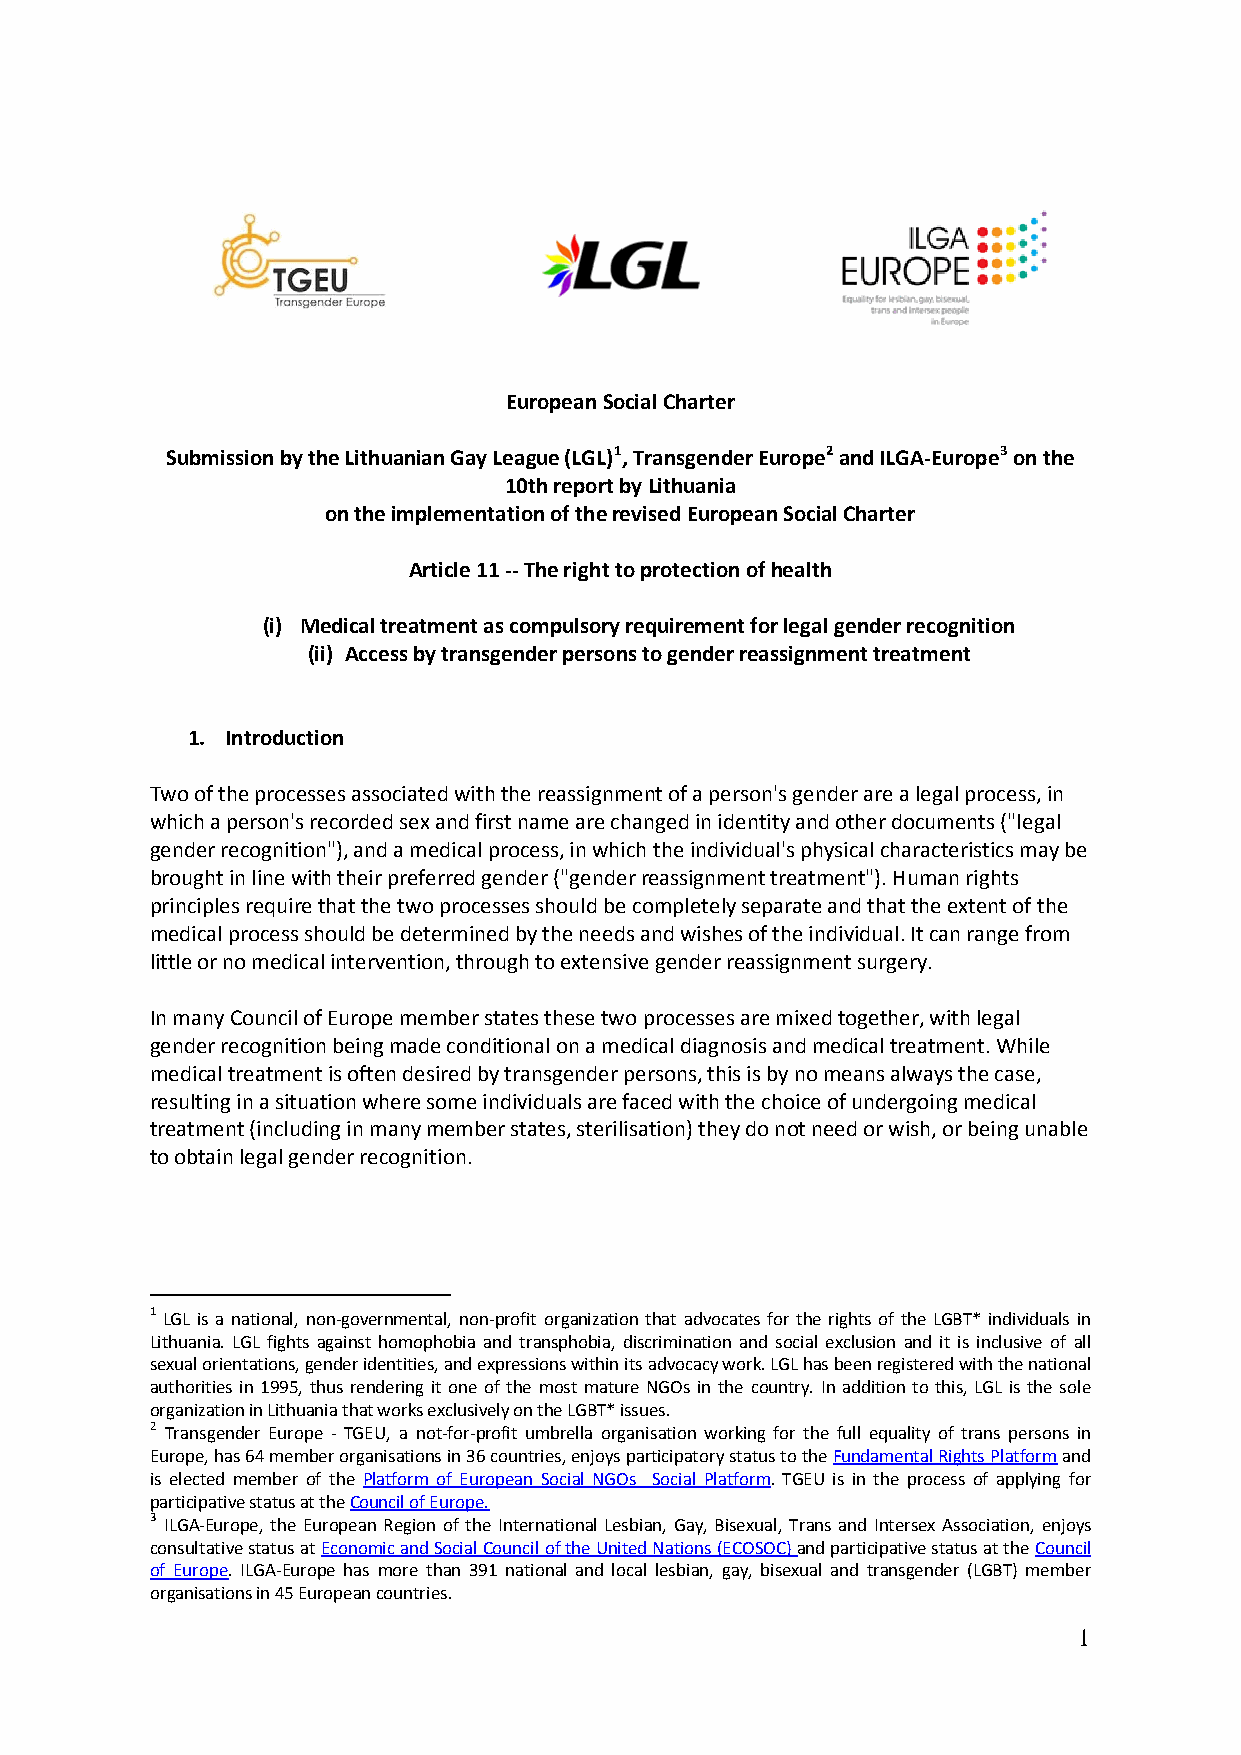
European Social Charter
 Submission by the Lithuanian Gay League (LGL)1, Transgender Europe2 and ILGA-Europe3 on the
 10th report by Lithuania
 on the implementation of the revised European Social Charter
 Article 11 -- The right to protection of health
 (i) Medical treatment as compulsory requirement for legal gender recognition
 (ii) Access by transgender persons to gender reassignment treatment
 1. Introduction
 Two of the processes associated with the reassignment of a person's gender are a legal process, in
 which a person's recorded sex and first name are changed in identity and other documents ("legal
 gender recognition"), and a medical process, in which the individual's physical characteristics may be
 brought in line with their preferred gender ("gender reassignment treatment"). Human rights
 principles require that the two processes should be completely separate and that the extent of the
 medical process should be determined by the needs and wishes of the individual. It can range from
 little or no medical intervention, through to extensive gender reassignment surgery.
 In many Council of Europe member states these two processes are mixed together, with legal
 gender recognition being made conditional on a medical diagnosis and medical treatment. While
 medical treatment is often desired by transgender persons, this is by no means always the case,
 resulting in a situation where some individuals are faced with the choice of undergoing medical
 treatment (including in many member states, sterilisation) they do not need or wish, or being unable
 to obtain legal gender recognition.
 1 LGL is a national, non-governmental, non-profit organization that advocates for the rights of the LGBT* individuals in
 Lithuania. LGL fights against homophobia and transphobia, discrimination and social exclusion and it is inclusive of all
 sexual orientations, gender identities, and expressions within its advocacy work. LGL has been registered with the national
 authorities in 1995, thus rendering it one of the most mature NGOs in the country. In addition to this, LGL is the sole
 organization in Lithuania that works exclusively on the LGBT* issues.
 2 Transgender Europe - TGEU, a not-for-profit umbrella organisation working for the full equality of trans persons in
 Europe, has 64 member organisations in 36 countries, enjoys participatory status to the Fundamental Rights Platform and
 is elected member of the Platform of European Social NGOs Social Platform. TGEU is in the process of applying for
 participative status at the Council of Europe.
 3 ILGA-Europe, the European Region of the International Lesbian, Gay, Bisexual, Trans and Intersex Association, enjoys
 consultative status at Economic and Social Council of the United Nations (ECOSOC) and participative status at the Council
 of Europe. ILGA-Europe has more than 391 national and local lesbian, gay, bisexual and transgender (LGBT) member
 organisations in 45 European countries.
 1